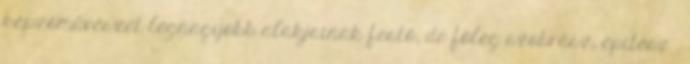
képzőművészet legnagyobb alakjainak festő, de főleg szobrász, építész .